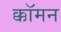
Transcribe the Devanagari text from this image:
क्कॉमन